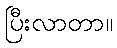
ပြီးလာတာ။